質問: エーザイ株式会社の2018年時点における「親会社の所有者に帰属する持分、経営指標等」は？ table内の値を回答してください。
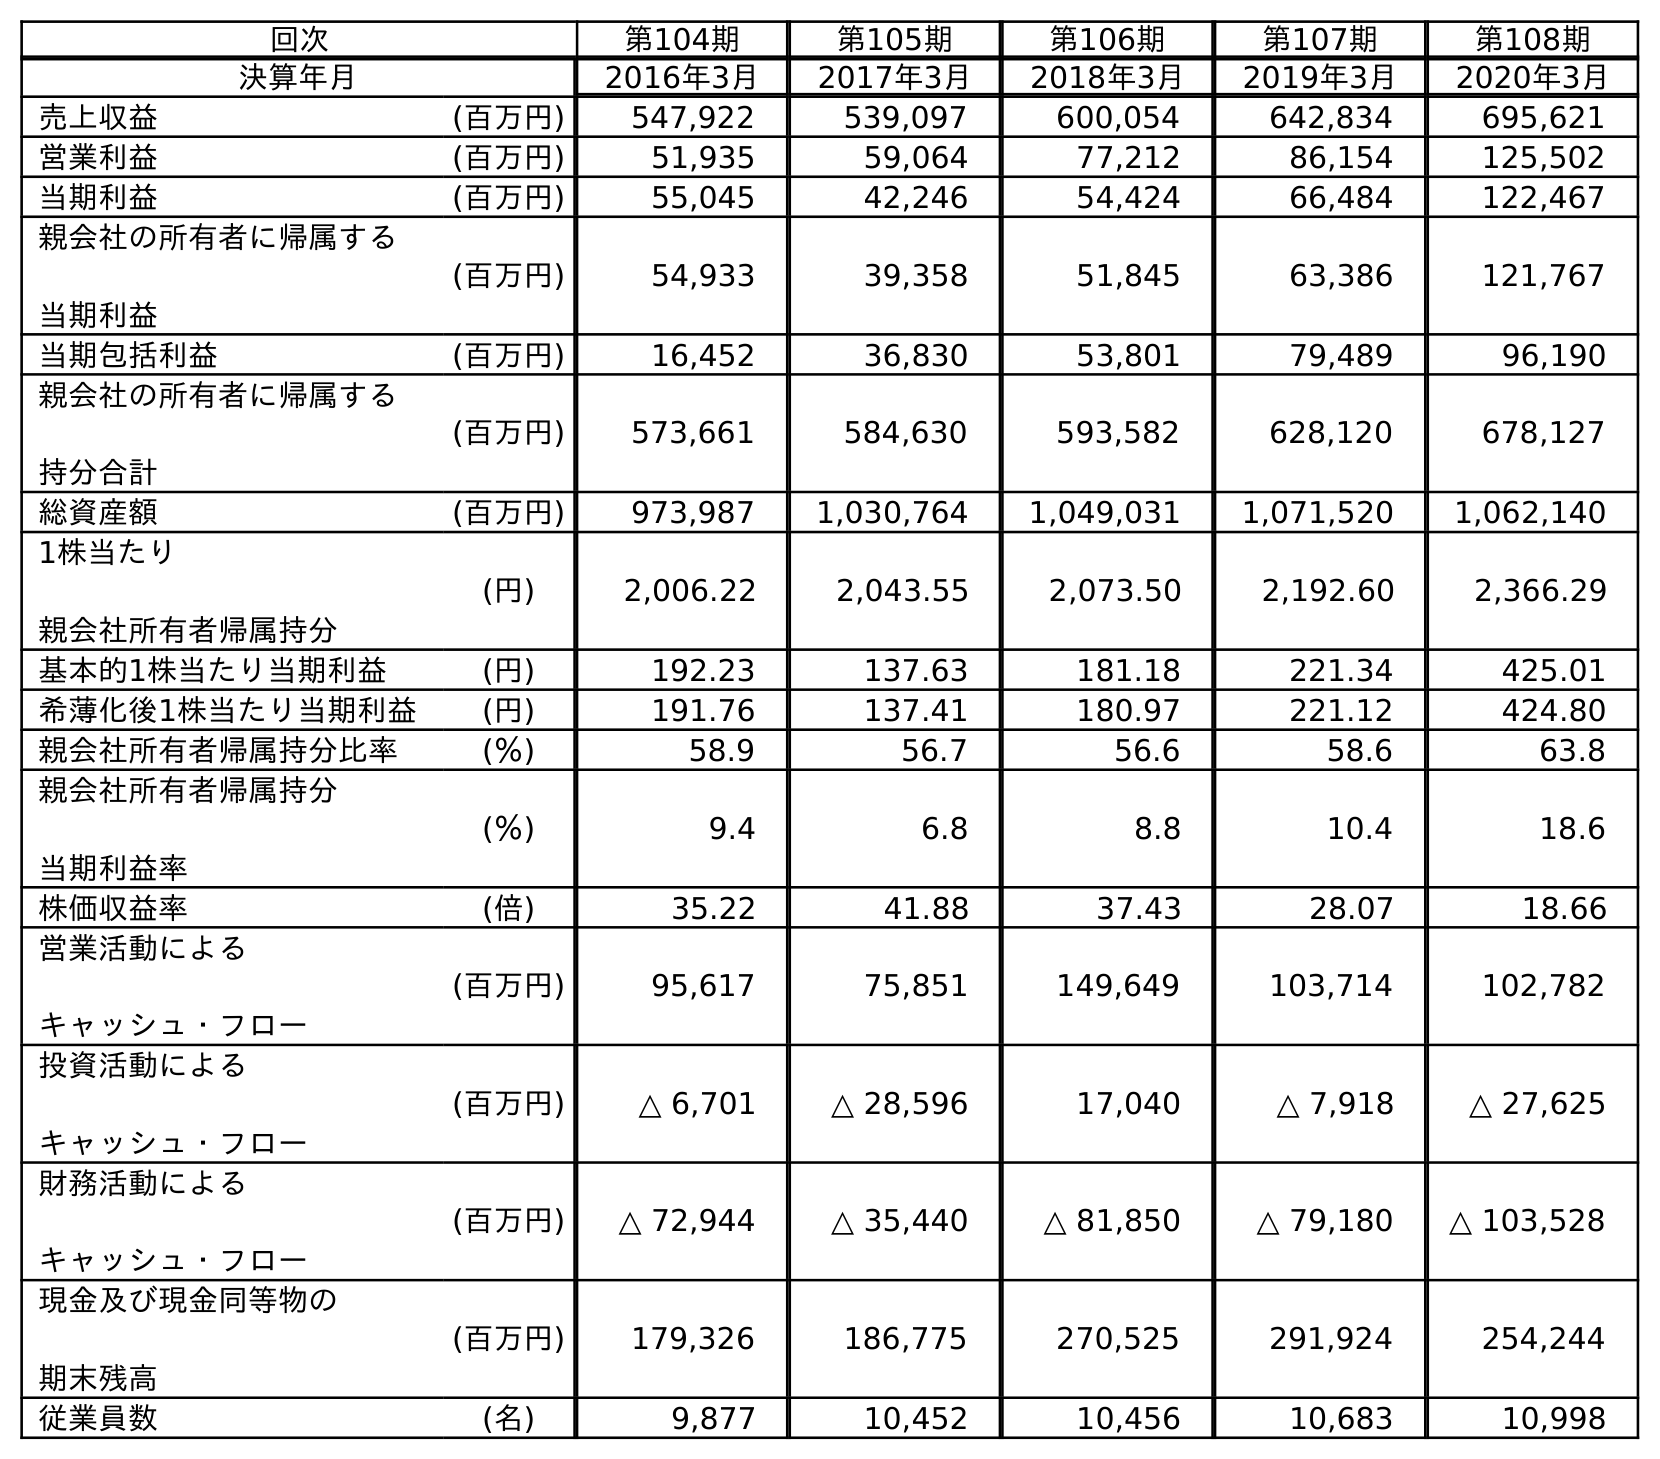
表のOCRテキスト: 回次 第104期 第105期 第106期 第107期 第108期 決算年月 2016年3月 2017年3月 2018年3月 2019年3月 2020年3月 売上収益 (百万円) 547,922 539,097 600,054 642,834 695,621 営業利益 (百万円) 51,935 59,064 77,212 86,154 125,502 当期利益 (百万円) 55,045 42,246 54,424 66,484 122,467 親会社の所有者に帰属する 当期利益 (百万円) 54,933 39,358 51,845 63,386 121,767 当期包括利益 (百万円) 16,452 36,830 53,801 79,489 96,190 親会社の所有者に帰属する 持分合計 (百万円) 573,661 584,630 593,582 628,120 678,127 総資産額 (百万円) 973,987 1,030,764 1,049,031 1,071,520 1,062,140 1株当たり 親会社所有者帰属持分 (円) 2,006.22 2,043.55 2,073.50 2,192.60 2,366.29 基本的1株当たり当期利益 (円) 192.23 137.63 181.18 221.34 425.01 希薄化後1株当たり当期利益 (円) 191.76 137.41 180.97 221.12 424.80 親会社所有者帰属持分比率 (％) 58.9 56.7 56.6 58.6 63.8 親会社所有者帰属持分 当期利益率 (％) 9.4 6.8 8.8 10.4 18.6 株価収益率 (倍) 35.22 41.88 37.43 28.07 18.66 営業活動による キャッシュ・フロー (百万円) 95,617 75,851 149,649 103,714 102,782 投資活動による キャッシュ・フロー (百万円) △ 6,701 △ 28,596 17,040 △ 7,918 △ 27,625 財務活動による キャッシュ・フロー (百万円) △ 72,944 △ 35,440 △ 81,850 △ 79,180 △ 103,528 現金及び現金同等物の 期末残高 (百万円) 179,326 186,775 270,525 291,924 254,244 従業員数 (名) 9,877 10,452 10,456 10,683 10,998
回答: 593,582